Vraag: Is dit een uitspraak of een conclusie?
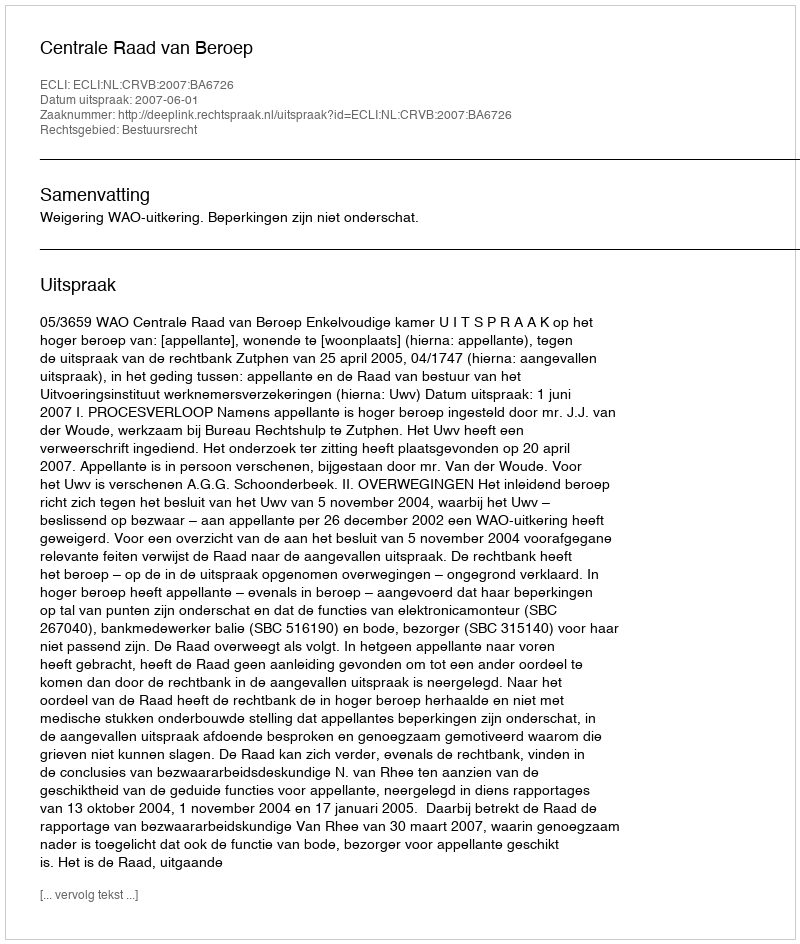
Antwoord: Uitspraak